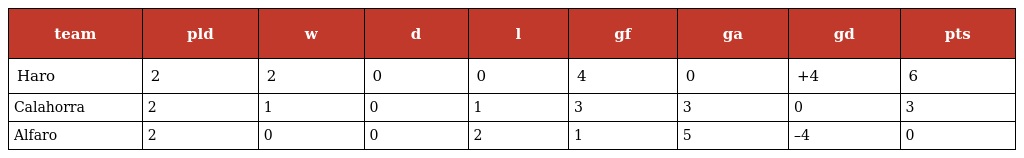
| team | pld | w | d | l | gf | ga | gd | pts |
 | --- | --- | --- | --- | --- | --- | --- | --- | --- |
 | Haro | 2 | 2 | 0 | 0 | 4 | 0 | +4 | 6 |
 | Calahorra | 2 | 1 | 0 | 1 | 3 | 3 | 0 | 3 |
 | Alfaro | 2 | 0 | 0 | 2 | 1 | 5 | –4 | 0 |